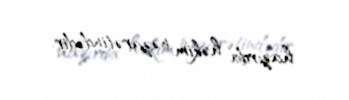
hazırda həkim nəzarətindədir.